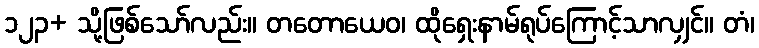
၁၂၃+ သို့ဖြစ်သော်လည်း။ တတောယေဝ၊ ထိုရှေးနာမ်ရုပ်ကြောင့်သာလျှင်။ တံ၊